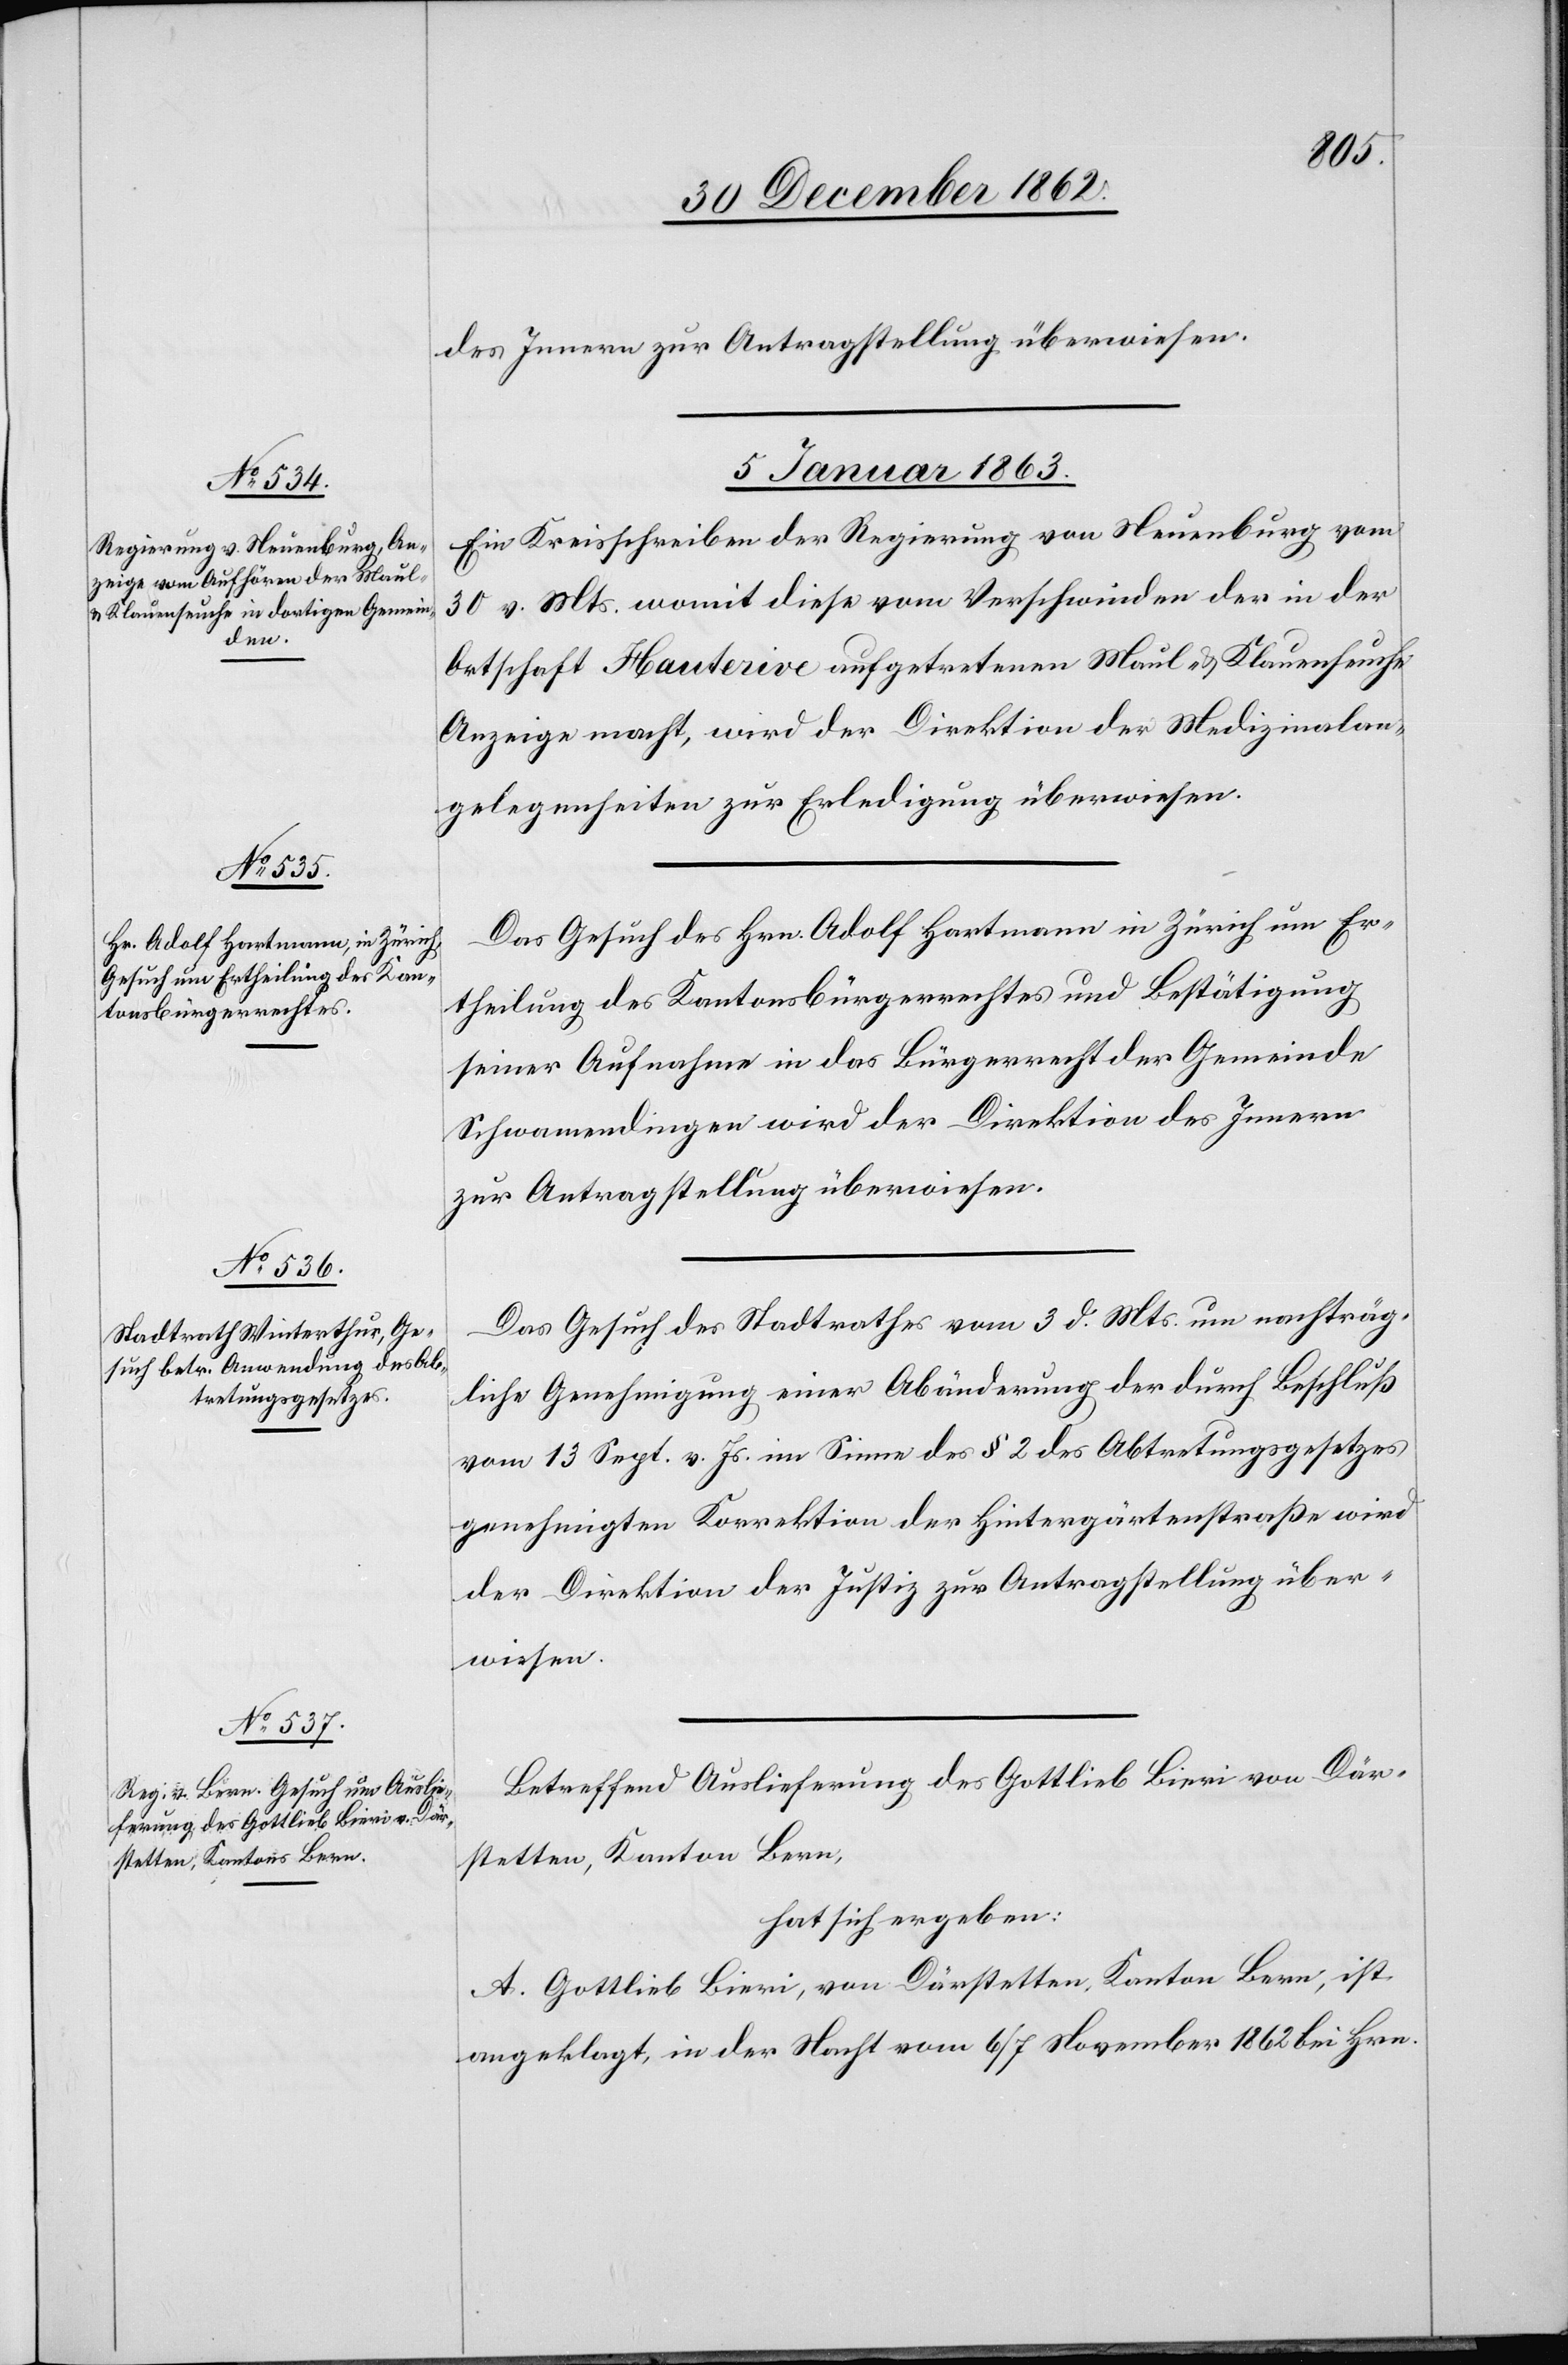
des Innern zur Antragstellung überwiesen.
05. Januar 1863.]
Ein Kreisschreiben der Regierung von Neuenburg vom
30. v. Mts. womit diese vom Verschwinden der in der
Ortschaft Hauterive aufgetretenen Maul- u. Klauenseuche
Anzeige macht, wird der Direktion der Medizinalan¬
gelegenheiten zur Erledigung überwiesen.
Das Gesuch des Hrn. Adolf Hartmann in Zürich um Er¬
theilung des Kantonsbürgerrechtes und Bestätigung
seiner Aufnahme in das Bürgerrecht der Gemeinde
Schwamendingen wird der Direktion des Innern
zur Antragstellung überwiesen.
Das Gesuch des Stadtrathes vom 3. d. Mts. um nachträg¬
liche Genehmigung einer Abänderung der durch Beschluß
vom 13. Sept. v. Js. im Sinne des § 2 des Abtretungsgesetzes
genehmigten Korrektion der Hintergärtenstraße wird
der Direktion der Justiz zur Antragstellung über¬
wiesen.
Betreffend die Auslieferung des Gottlieb Bieri von Där¬
stetten, Kanton Bern,
hat sich ergeben:
A. Gottlieb Bieri, von Därstetten, Kanton Bern, ist
angeklagt, in der Nacht vom 6/7 November 1862 bei Hrn.